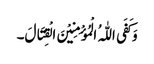
وَ کَفَی اللّٰہُ الْمُؤْمِنِیْنَ الْقِتَالَ۔